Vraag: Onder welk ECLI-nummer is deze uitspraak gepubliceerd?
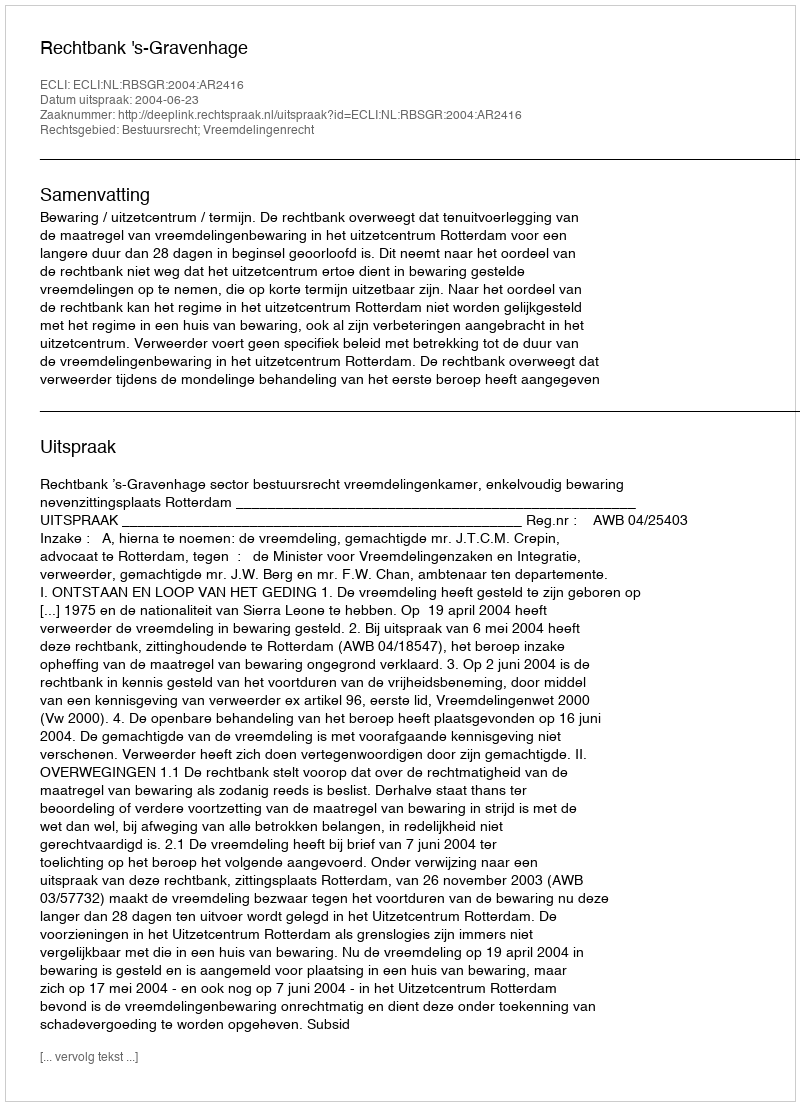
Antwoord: ECLI:NL:RBSGR:2004:AR2416